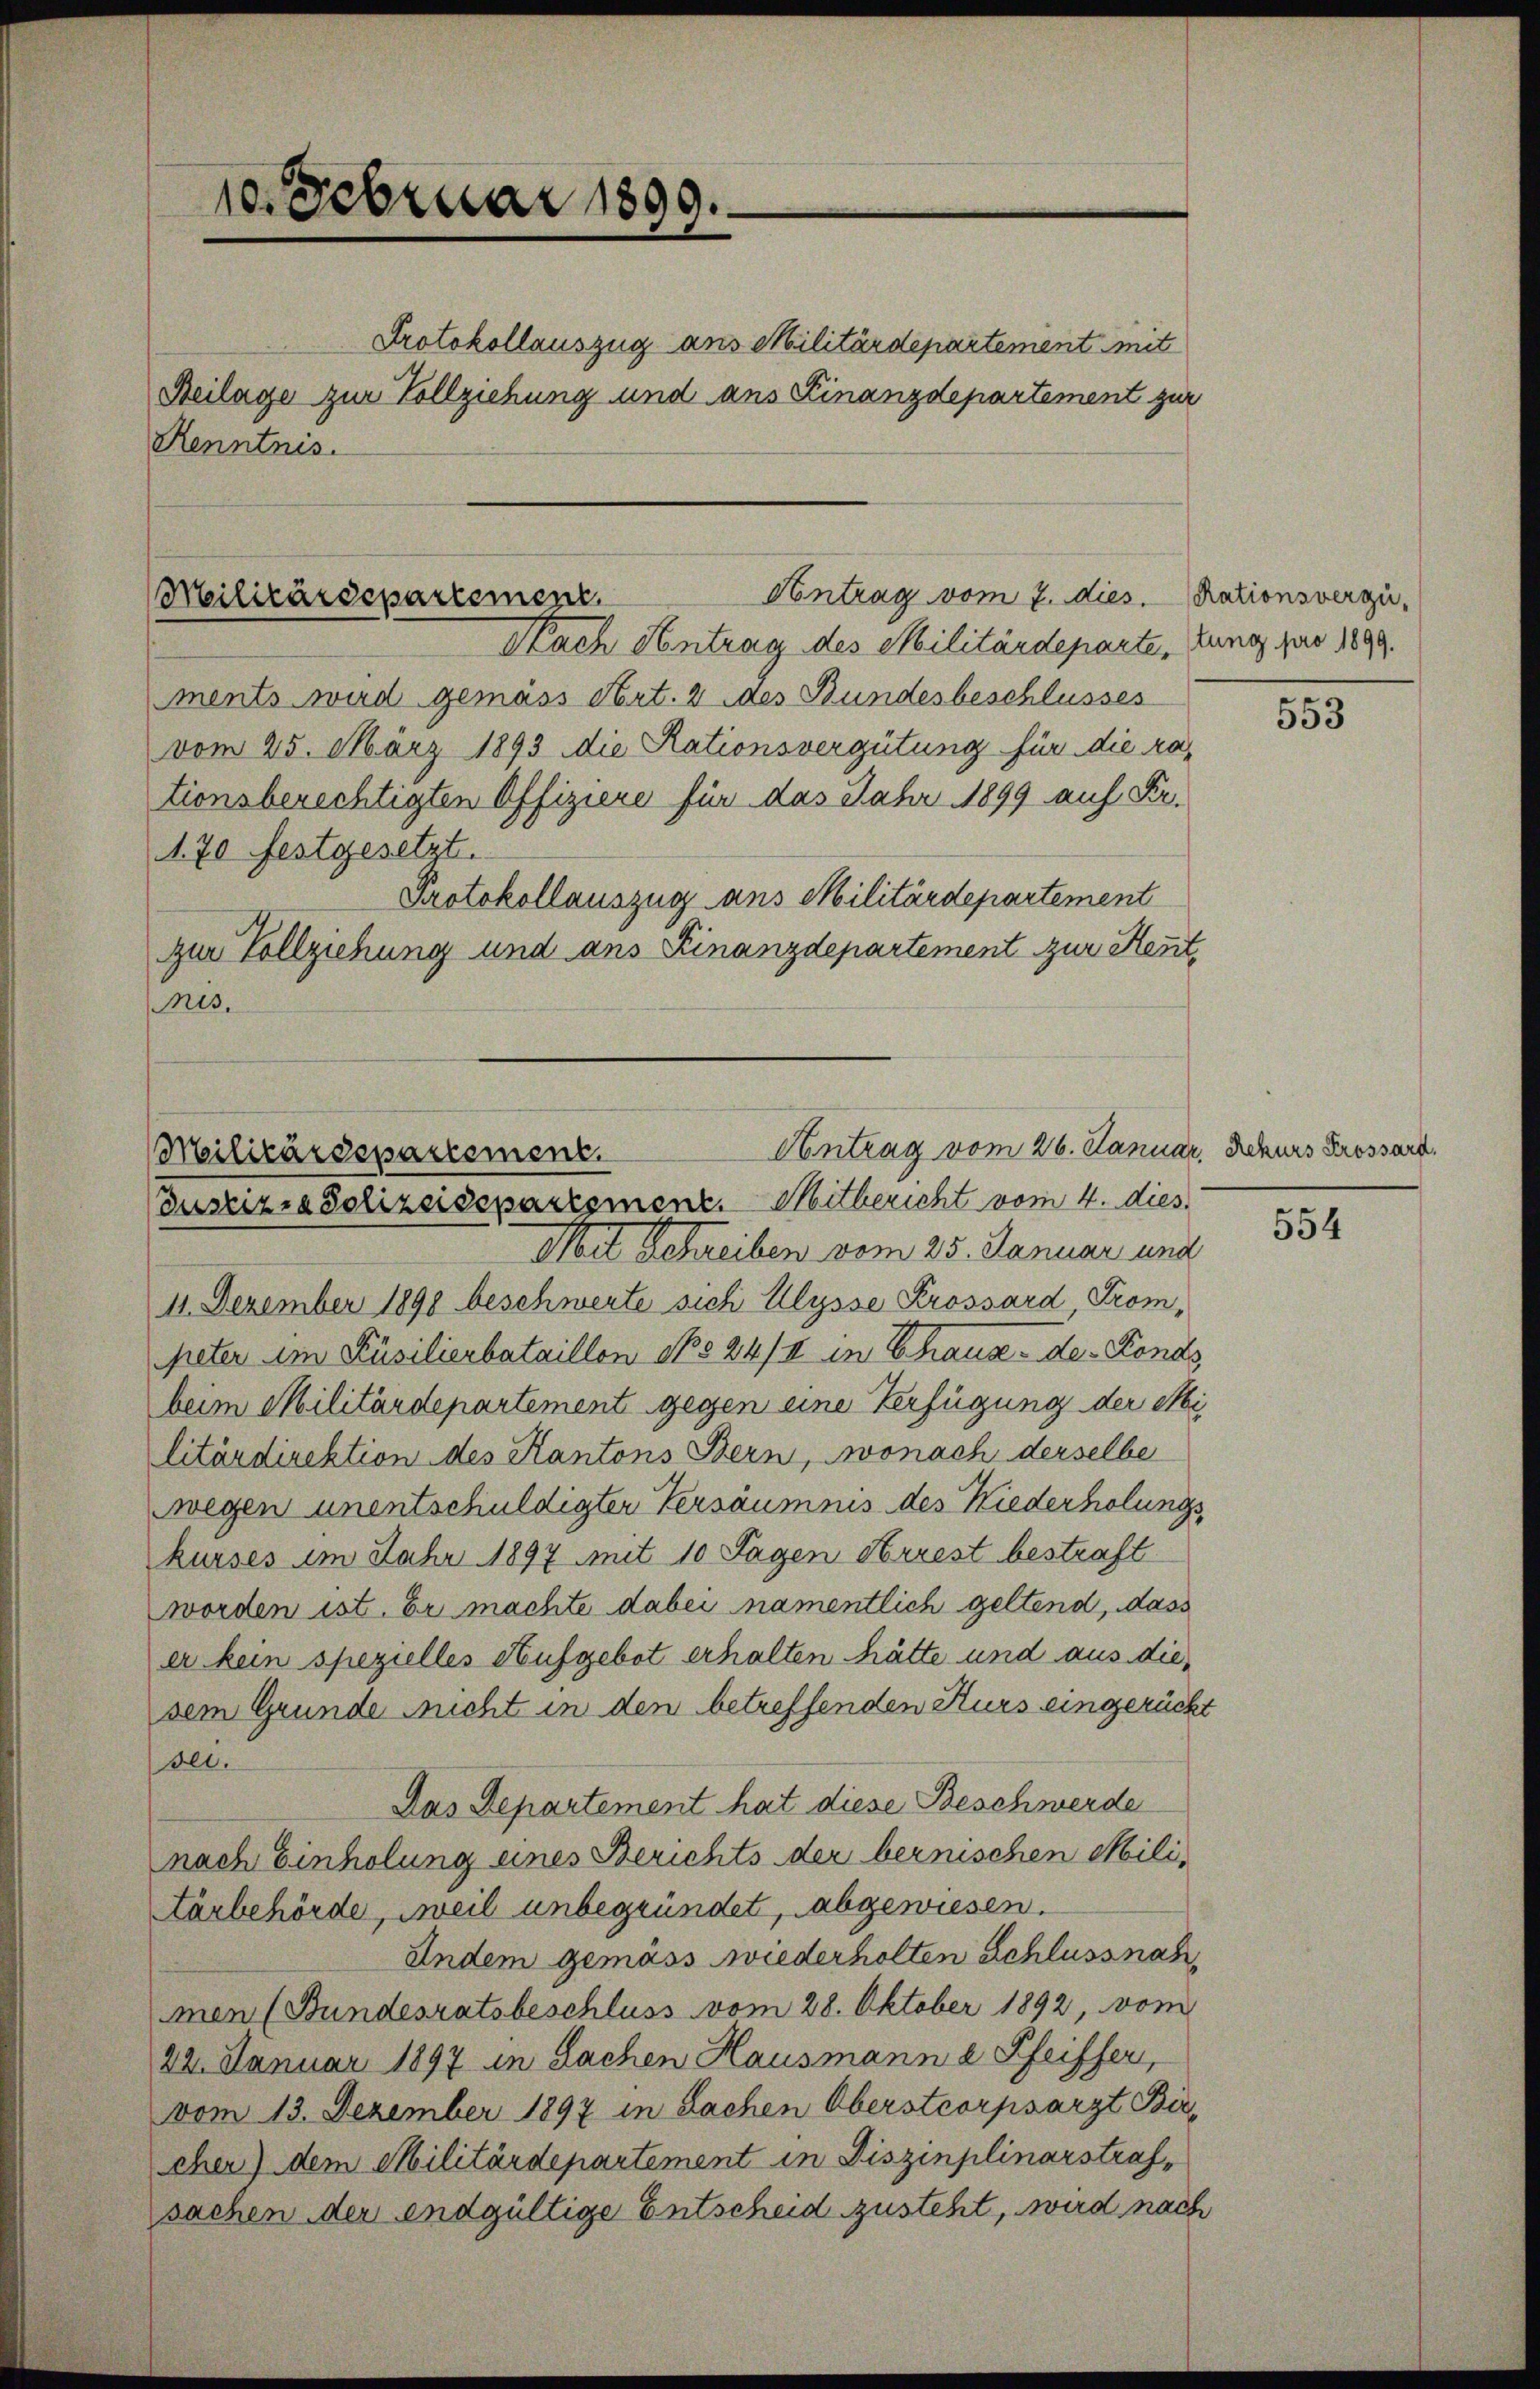
10. Februar 1899.

Beilage zur Vollziehung und aus Finanzdepartement zur
Kenntnis.

Protokollauszug aus Militärdepartement mit

Antrag vom 7. dies. Nationsvergü¬
Militärdepartement

Nach Antrag des Militärdeparte, ung pro 1899.
ments wird gemäss Art. 2 des Bundesbeschlusses
vom 25. März 1893 die Rationsvergütung für die ra-
tionsberechtigten Offiziere für das Jahr 1899 auf Fr.
1. 70 festgesetzt.
Protokollauszug aus Militärdepartement
zur Vollziehung und ans Finanzdepartement zur Heut
Mts.

Antrag vom 26. Januar, Rekurs Grossard.
Militärdepartement.
Coustizia Polizeisepartement. Mitbericht vom 4. dies

Mit Schreiben vom 25. Januar und
11. Dezember 1890 beschwerte sich Ulysse Krossard, Trom,
peter im Küsilierbataillon No 24/4 in Chaux-de-Fonds
beim Militärdepartement gegen eine Verfügung der Mi
litärdirektion des Kantons Bern, wonach derselbe
wegen unentschuldigter Versäumnis des Kiederholungskurses im Jahr 1897 mit 10 Tagen Arrest bestraft
worden ist. Er machte dabei namentlich geltend, dass
er kein spezielles Aufgebot erhalten hätte und aus die
sem Grunde nicht in den betreffenden Kurs eingerückt
olt.
Das Departement hat diese Beschwerde
nach Einholung eines Berichts der bernischen Militärbehörde, weil unbegründet, abgewiesen.
Andem gemäss wiederholten Schlussnah
men (Bundesratsbeschluss vom 28. Oktober 1892, vom
24. Januar 1897 in Sachen Hausmann a Pfeiffer,
vom 13. Dezember 1897 in Sachen Oberstcorpsarzt Bircher) dem Militärdepartement in Disziplinarstrafsachen der endgültige Entscheid zusteht, wird nach

553

554